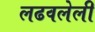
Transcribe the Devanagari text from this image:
लढवलेली